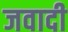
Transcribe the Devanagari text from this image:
जवादी